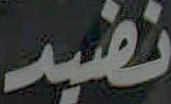
نفيد